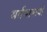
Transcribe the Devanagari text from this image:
सर्वभाषायी